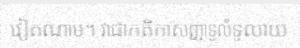
វៀតណាម។ វាជាកតិកាសញ្ញាទូលំទូលាយ